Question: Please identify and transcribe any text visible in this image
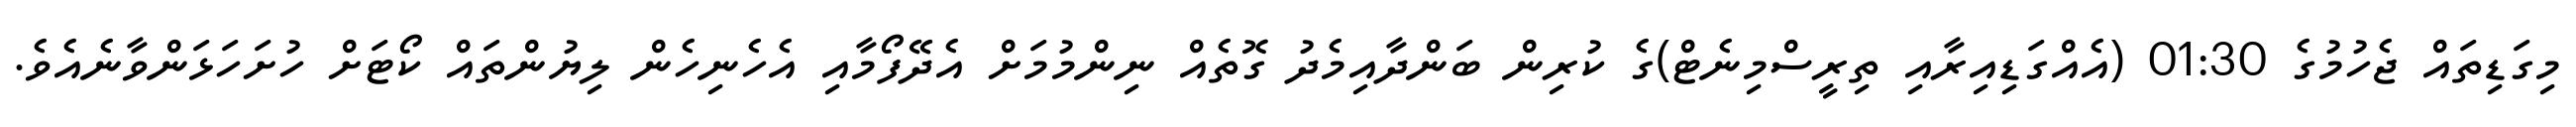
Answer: މިގަޑިތައް ޖެހުމުގެ 01:30 (އެއްގަޑިއިރާއި ތިރީސްމިނެޓް)ގެ ކުރިން ބަންދާއިމެދު ގޮތެއް ނިންމުމަށް އެދޭފޯމާއި އެހެނިހެން ލިޔުންތައް ކޯޓަށް ހުށަހަޅަންވާނެއެވެ.